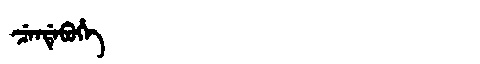
Manchu: ᠴᡝᠨᡩᡝᠪᡠᡥᡝ
Romanization: CENDEBUHE